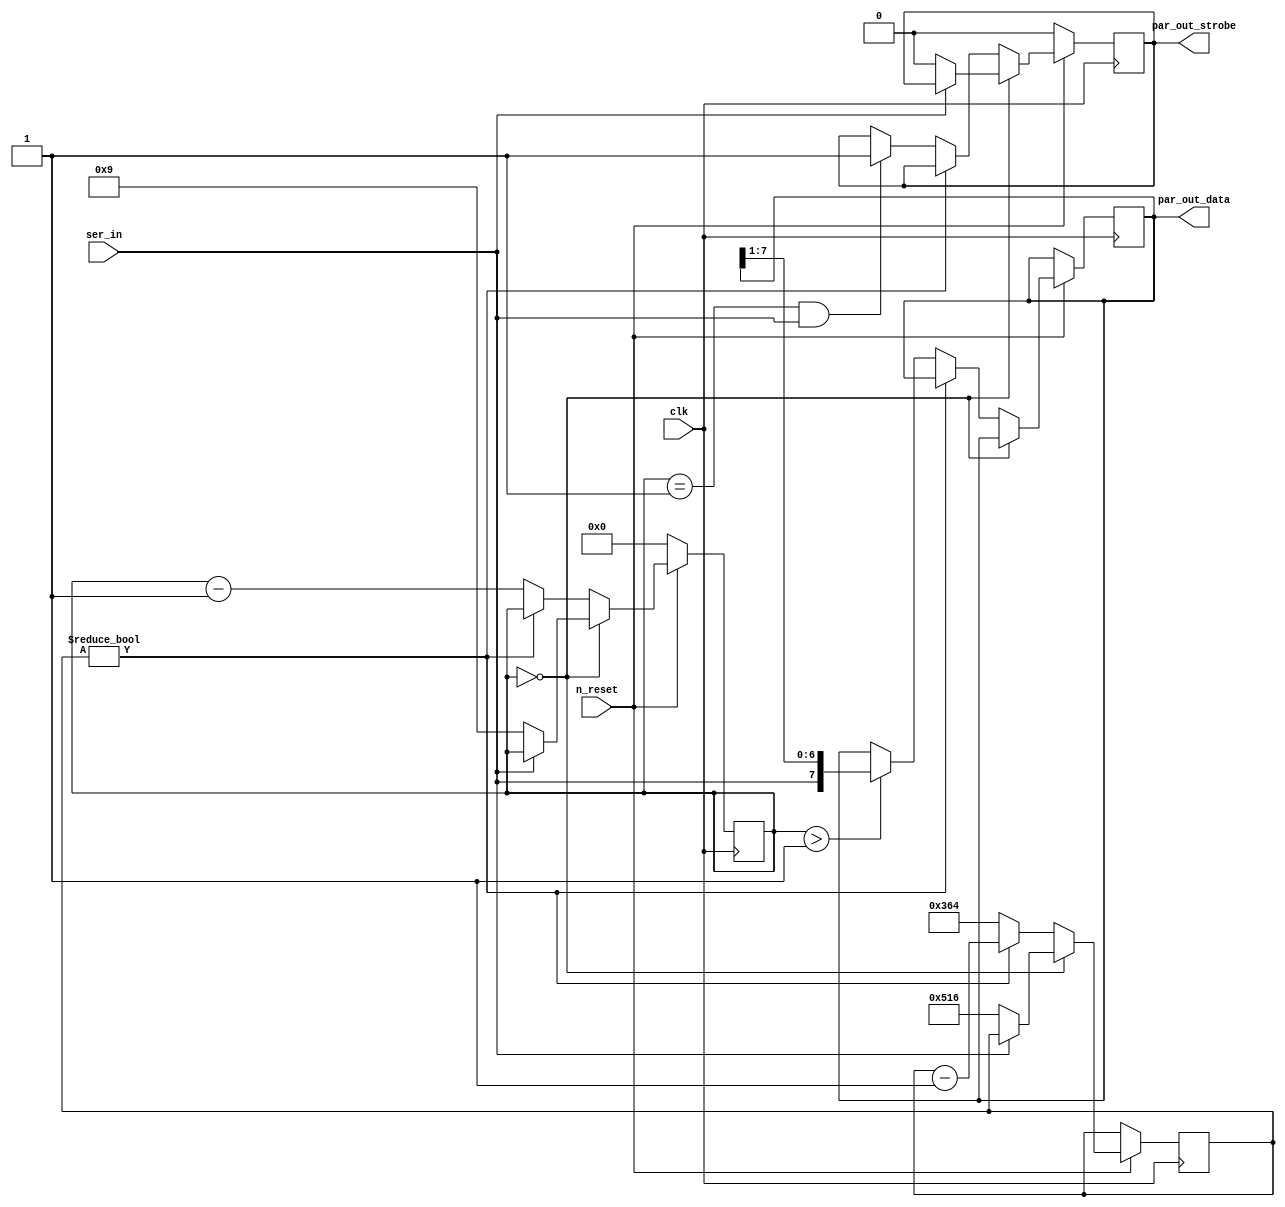
module mist_console #(parameter CLKFREQ=100) (
		     // system interface
		     input 	  clk,      // 125MHz
		     input 	  n_reset,
	
		     input 	  ser_in,

		     //	input par_out_
		     output [7:0] par_out_data,
		     output   par_out_strobe
); 

localparam TICKSPERBIT = (CLKFREQ*1000000)/115200;

assign par_out_data = rx_byte;
assign par_out_strobe = strobe;
 
reg strobe;
reg [7:0] rx_byte /* synthese noprune */;
reg [5:0] state;
reg [15:0] recheck; 

always @(posedge clk) begin
	if(!n_reset) begin
		state <= 6'd0;  // idle
		strobe <= 1'b0;
	end else begin
		if(state == 0) begin
 
			// detecting low in idle state
			if(!ser_in) begin 
				recheck <= 3*TICKSPERBIT/2;
				state <= 9;
				strobe <= 1'b0;
			end
		end else begin
			if(recheck != 0) 
				recheck <= recheck - 1;
			else begin
				if(state > 1)
					rx_byte <= { ser_in, rx_byte[7:1]};
					
				recheck <= TICKSPERBIT;
				state <= state - 1;
				
				// last bit is stop bit and needs to be '1'
				if((state == 1) && (ser_in == 1))
					strobe <= 1'b1;
			end
		end
	end
end

endmodule